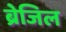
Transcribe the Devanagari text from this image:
ब्रेजिल